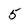
Character: 5